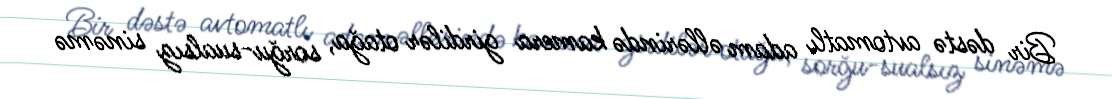
Bir dəstə avtomatlı adam əllərində kamera girdilər otağa, sorğu-sualsız sinəmə